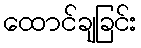
ထောင်ချခြင်း